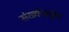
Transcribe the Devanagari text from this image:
संख्येपासून